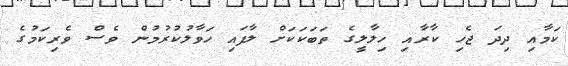
ކަމާއި ދިދަ ޖެހި ކާރާއި ހިލާލީގެ ތަބަކަކަށް ލާފައި ހަވާލުކުރުމުން ވެސް ވެރިކަމުގެ